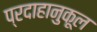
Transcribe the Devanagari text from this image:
प्रदाहानुकूल